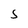
Character: S